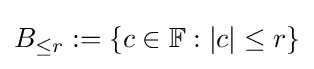
B_{\leq r}:=\{c\in \mathbb {F} :|c|\leq r\}